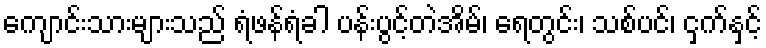
ကျောင်းသားများသည် ရံဖန်ရံခါ ပန်းပွင့်တဲအိမ်၊ ရေတွင်း၊ သစ်ပင်၊ ငှက်နှင့်